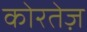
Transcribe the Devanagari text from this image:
कोरतेज़